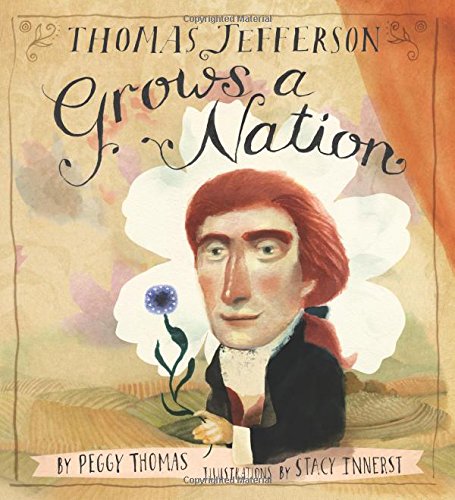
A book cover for Thomas Jefferson Grows a Nation; Peggy Thomas; Children's Books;